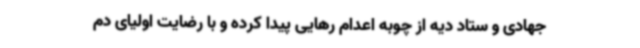
جهادی و ستاد دیه از چوبه اعدام رهایی پیدا کرده و با رضایت اولیای دم